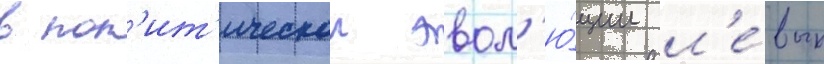
в пол'ит'ическои эвол'ю́ции л'е́вых